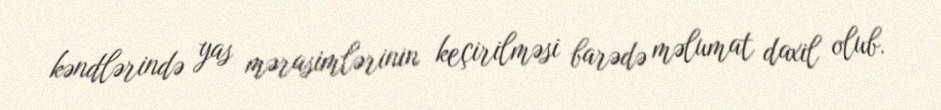
kəndlərində yas mərasimlərinin keçirilməsi barədə məlumat daxil olub.